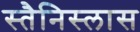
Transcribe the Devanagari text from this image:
स्तैनिस्लास